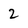
Character: 2